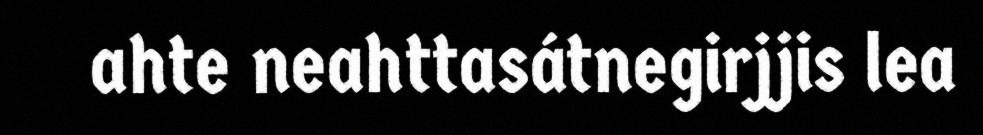
ahte neahttasátnegirjjis lea